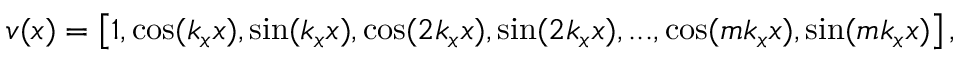
v ( x ) = \left[ 1 , \cos ( k _ { x } x ) , \sin ( k _ { x } x ) , \cos ( 2 k _ { x } x ) , \sin ( 2 k _ { x } x ) , . . . , \cos ( m k _ { x } x ) , \sin ( m k _ { x } x ) \right] ,